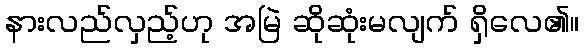
နားလည်လှည့်ဟု အမြဲ ဆိုဆုံးမလျက် ရှိလေ၏။